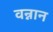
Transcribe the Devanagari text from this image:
वन्नान